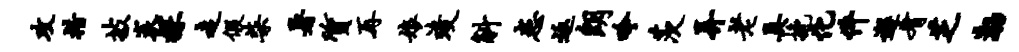
攻措披炭探走假柴暑质再娘竣斛患返朗吟茨弄老具挽化件邂肴芝渤